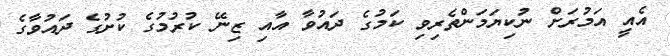
އެއީ އަމުރަށް ނުކިޔަމަންތެރިވި ކަމުގެ ދައުވާ އާއި ޒިނޭ ކުރުމުގެ ކުށުގެ ދައުވާގެ